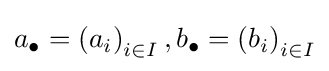
a_{\bullet }=\left(a_{i}\right)_{i\in I},b_{\bullet }=\left(b_{i}\right)_{i\in I}